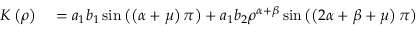
\begin{array} { r l } { K \left( \rho \right) } & { { } = a _ { 1 } b _ { 1 } \sin \left( \left( \alpha + \mu \right) \pi \right) + a _ { 1 } b _ { 2 } \rho ^ { \alpha + \beta } \sin \left( \left( 2 \alpha + \beta + \mu \right) \pi \right) } \end{array}